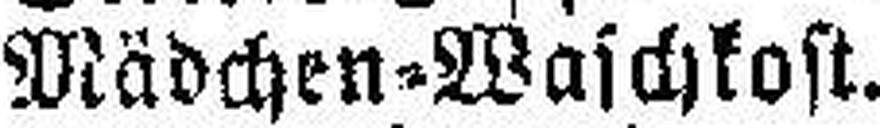
Mädchen=Waschkost.